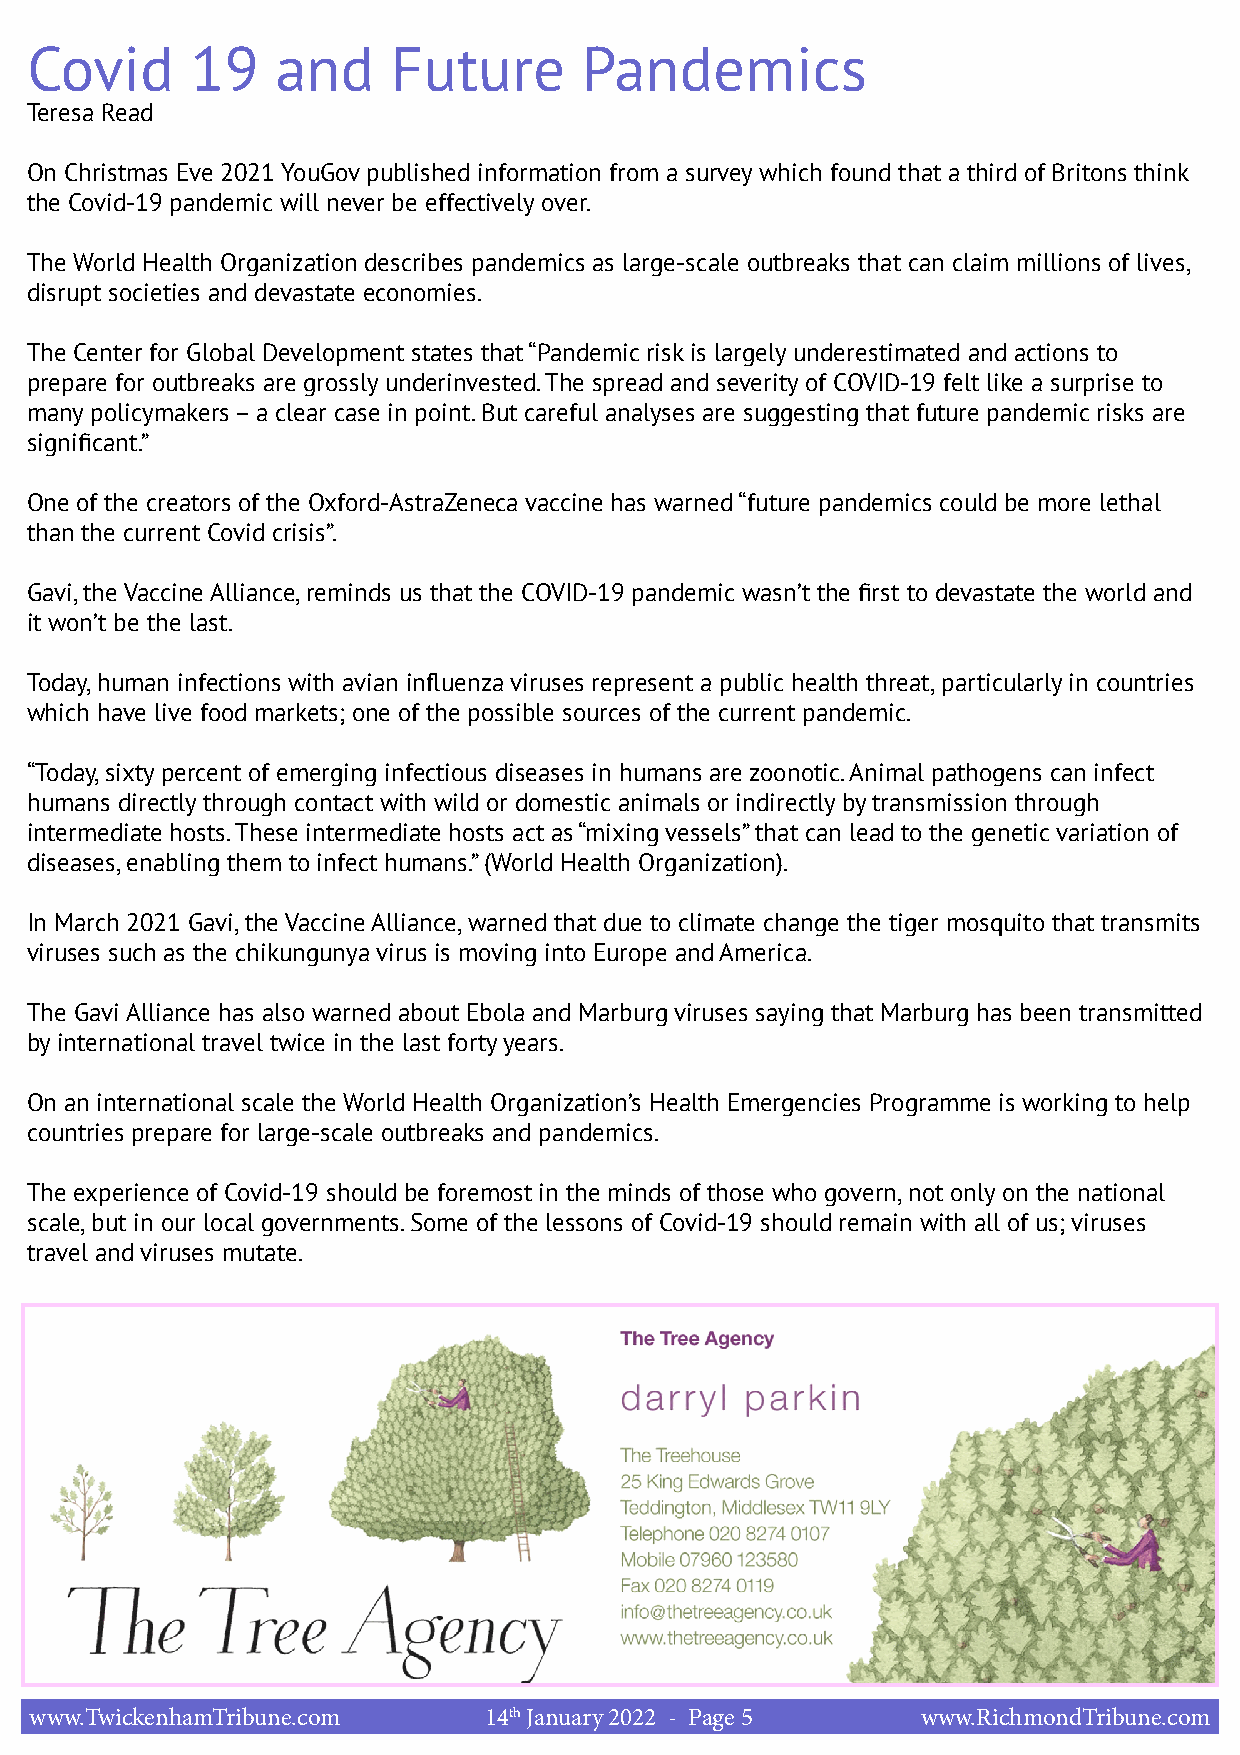
Covid      19   and     Future      Pandemics
 Teresa Read
 On Christmas Eve 2021 YouGov published information from a survey which found that a third of Britons think
 the Covid-19 pandemic will never be effectively over.
 The World Health Organization describes pandemics as large-scale outbreaks that can claim millions of lives,
 disrupt societies and devastate economies.
 The Center for Global Development states that “Pandemic risk is largely underestimated and actions to
 prepare for outbreaks are grossly underinvested. The spread and severity of COVID-19 felt like a surprise to
 many policymakers – a clear case in point. But careful analyses are suggesting that future pandemic risks are
 significant.”
 One of the creators of the Oxford-AstraZeneca vaccine has warned “future pandemics could be more lethal
 than the current Covid crisis”.
 Gavi, the Vaccine Alliance, reminds us that the COVID-19 pandemic wasn’t the first to devastate the world and
 it won’t be the last.
 Today, human infections with avian influenza viruses represent a public health threat, particularly in countries
 which have live food markets; one of the possible sources of the current pandemic.
 “Today, sixty percent of emerging infectious diseases in humans are zoonotic. Animal pathogens can infect
 humans directly through contact with wild or domestic animals or indirectly by transmission through
 intermediate hosts. These intermediate hosts act as “mixing vessels” that can lead to the genetic variation of
 diseases, enabling them to infect humans.” (World Health Organization).
 In March 2021 Gavi, the Vaccine Alliance, warned that due to climate change the tiger mosquito that transmits
 viruses such as the chikungunya virus is moving into Europe and America.
 The Gavi Alliance has also warned about Ebola and Marburg viruses saying that Marburg has been transmitted
 by international travel twice in the last forty years.
 On an international scale the World Health Organization’s Health Emergencies Programme is working to help
 countries prepare for large-scale outbreaks and pandemics.
 The experience of Covid-19 should be foremost in the minds of those who govern, not only on the national
 scale, but in our local governments. Some of the lessons of Covid-19 should remain with all of us; viruses
 travel and viruses mutate.
 www.TwickenhamTribune.com     14th January 2022 - Page 5   www.RichmondTribune.com